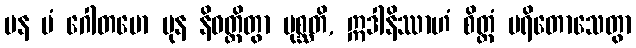
ပန မံ ဂေါတမော ပုန နိဝတ္တိတွာ ပုစ္ဆတိ, ဣဒါနိဿာဟံ စိတ္တံ ပရိတောသေတွာ